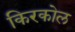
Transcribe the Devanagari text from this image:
किरकोल